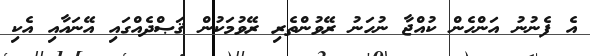
އެ ފެނުނު އަންހެން ކުއްޖާ ނުހަނު ރޭވުންތެރި ރޭވުމަކުން ޤަޞްދެއްގައި އޭނައާއި އެކި